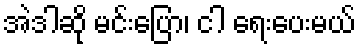
အဲဒါဆို မင်းပြော၊ ငါ ရေးပေးမယ်